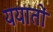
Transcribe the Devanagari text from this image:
ययातों